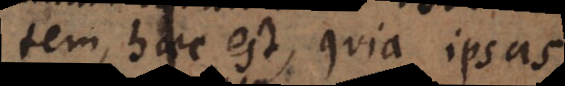
tem, haec est, quia ipsas